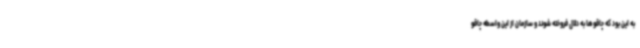
به این بود که چاقوها به دلال فروخته شوند و سازمان از این واسطه چاقو